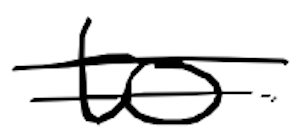
Text: to
Cross-out: double-line
Writing tool: digital_black